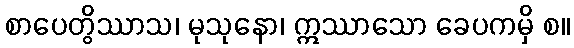
စာပေတွိဿာသ၊ မုသုနော၊ ဣဿာသော ခေပကမှိ စ။